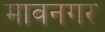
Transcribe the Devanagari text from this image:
मावनगर